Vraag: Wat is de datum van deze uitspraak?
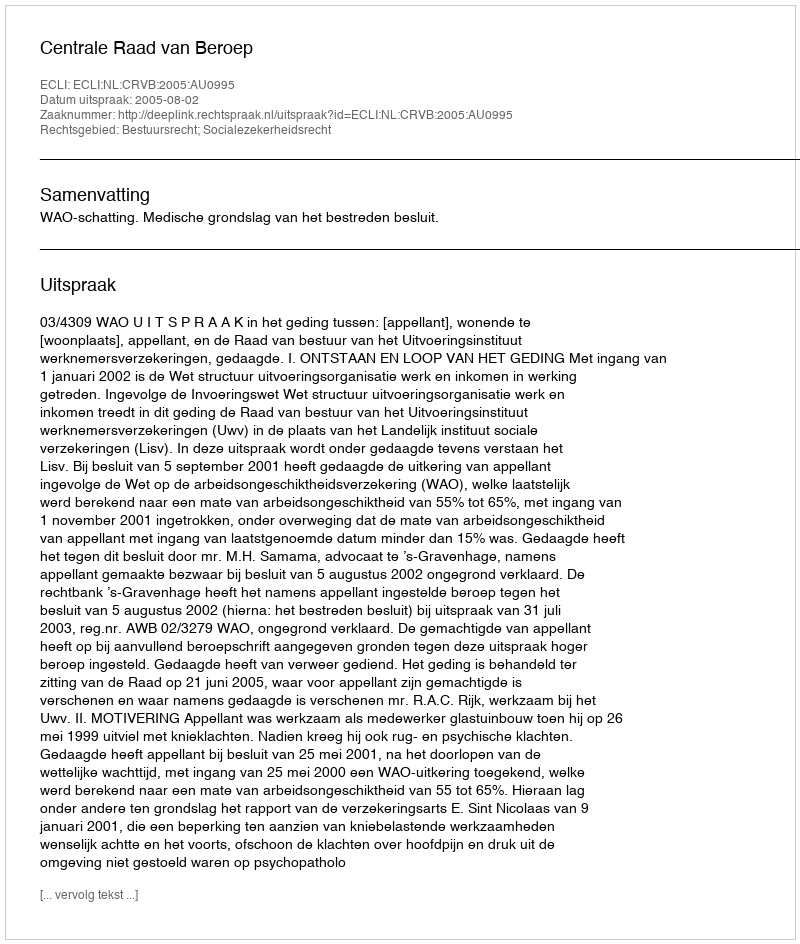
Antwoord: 2005-08-02